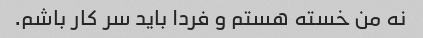
نه من خسته هستم و فردا باید سر کار باشم.